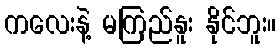
ကလေးနဲ့ မကြည်နူး နိုင်ဘူး။